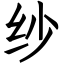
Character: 纱